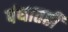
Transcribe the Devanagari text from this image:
पंथातही